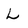
Character: L